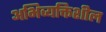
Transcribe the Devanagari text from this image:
अभिव्यक्तिशील